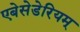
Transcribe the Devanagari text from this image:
एबेसेडेरियम्